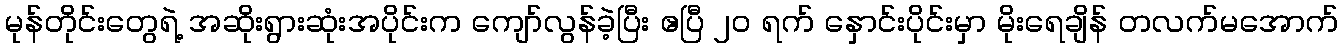
မုန်တိုင်းတွေရဲ့ အဆိုးရွားဆုံးအပိုင်းက ကျော်လွန်ခဲ့ပြီး ဧပြီ ၂၀ ရက် နှောင်းပိုင်းမှာ မိုးရေချိန် တလက်မအောက်